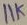
Text: 11K